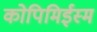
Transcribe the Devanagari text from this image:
कोपिमिईस्म